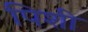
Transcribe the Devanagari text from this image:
पिशी